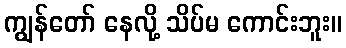
ကျွန်တော် နေလို့ သိပ်မ ကောင်းဘူး။